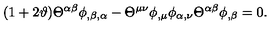
( 1 + 2 \vartheta ) { \Theta } ^ { \alpha \beta } \phi _ { , \beta , \alpha } - { \Theta } ^ { \mu \nu } \phi _ { , \mu } \phi _ { \alpha , \nu } { \Theta } ^ { \alpha \beta } \phi _ { , \beta } = 0 .